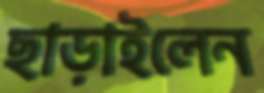
ছাড়াইলেন